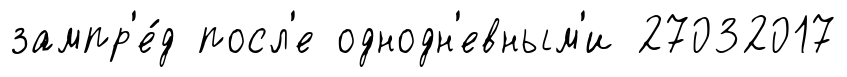
зампр'е́д посл'е однодн'евным'и 27032017